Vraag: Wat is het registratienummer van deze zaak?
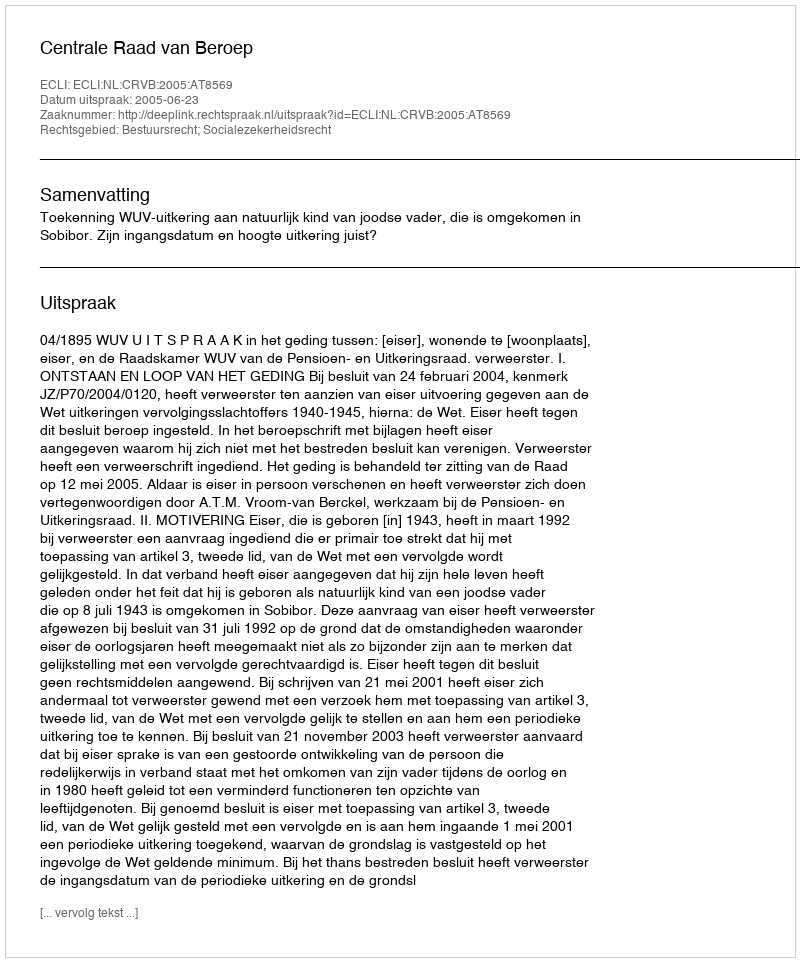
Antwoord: http://deeplink.rechtspraak.nl/uitspraak?id=ECLI:NL:CRVB:2005:AT8569